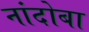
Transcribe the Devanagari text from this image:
नांदोबा